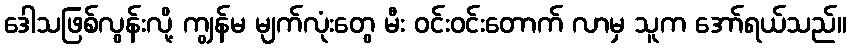
ဒေါသဖြစ်လွန်းလို့ ကျွန်မ မျက်လုံးတွေ မီး ဝင်းဝင်းတောက် လာမှ သူက အော်ရယ်သည်။